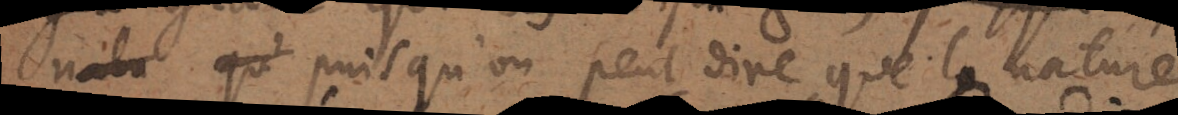
qu’ puisqu’on peut dire que la nature